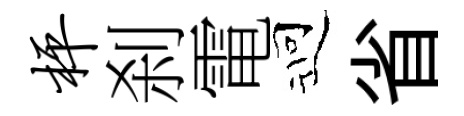
枰刹電迎省